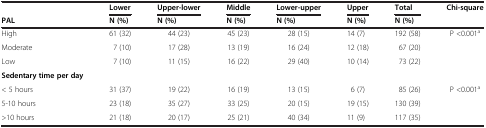
|  | Lower | Upper-lower | Middle | Lower-upper | Upper | Total | Chi-square |
 | PAL | N (%) | N (%) | N (%) | N (%) | N (%) | N (%) |  |
 | --- | --- | --- | --- | --- | --- | --- | --- |
 | High | 61 (32) | 44 (23) | 45 (23) | 28 (15) | 14 (7) | 192 (58) | P <0.001a |
 | Moderate | 7 (10) | 17 (28) | 13 (19) | 16 (24) | 12 (18) | 67 (20) |  |
 | Low | 7 (10) | 11 (15) | 16 (22) | 29 (40) | 10 (14) | 73 (22) |  |
 | Sedentary time per day |  |  |  |  |  |  |  |
 | < 5 hours | 31 (37) | 19 (22) | 16 (19) | 13 (15) | 6 (7) | 85 (26) | P <0.001a |
 | 5-10 hours | 23 (18) | 35 (27) | 33 (25) | 20 (15) | 19 (15) | 130 (39) |  |
 | >10 hours | 21 (18) | 20 (17) | 25 (21) | 40 (34) | 11 (9) | 117 (35) |  |